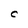
Character: C